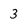
Character: 3